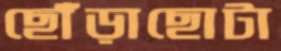
ছোঁড়াছোটা